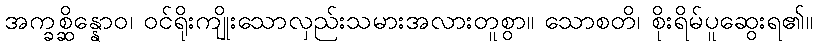
အက္ခစ္ဆိန္နောဝ၊ ဝင်ရိုးကျိုးသောလှည်းသမားအလားတူစွာ။ သောစတိ၊ စိုးရိမ်ပူဆွေးရ၏။